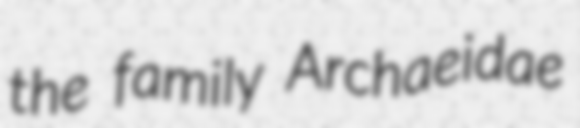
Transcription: the family Archaeidae